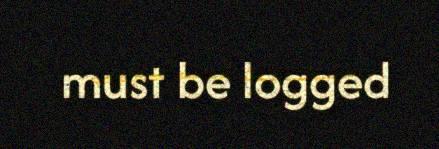
must be logged